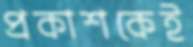
প্রকাশকেই